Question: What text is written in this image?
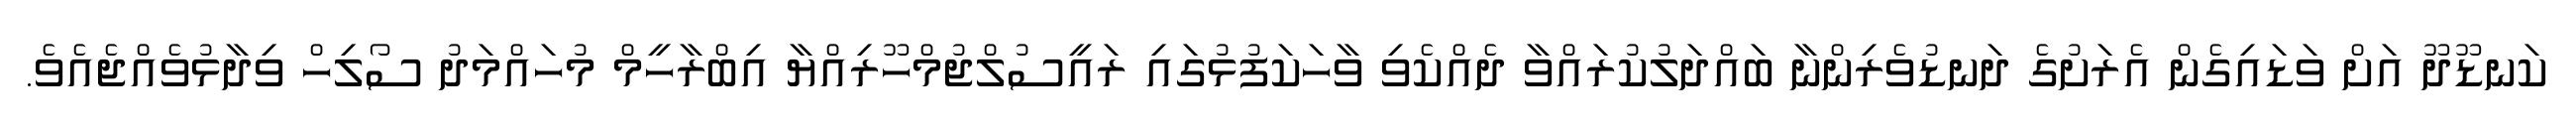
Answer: ކަނޑޫދޫ އަށް ވަޑައިގެން އެރަށުގެ ދަނޑުވެރިންނާ ބައްދަލުކުރައްވާ ދެއްކެވި ވާހަކަފުޅުގައި ރައީސުލްޖުމްހޫރިއްޔާ އިބްރާހީމް މުހައްމަދު ސޯލިހް ވިދާޅުވެއްޖެއެވެ.